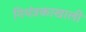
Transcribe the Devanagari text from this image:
नियंत्रकाखाली